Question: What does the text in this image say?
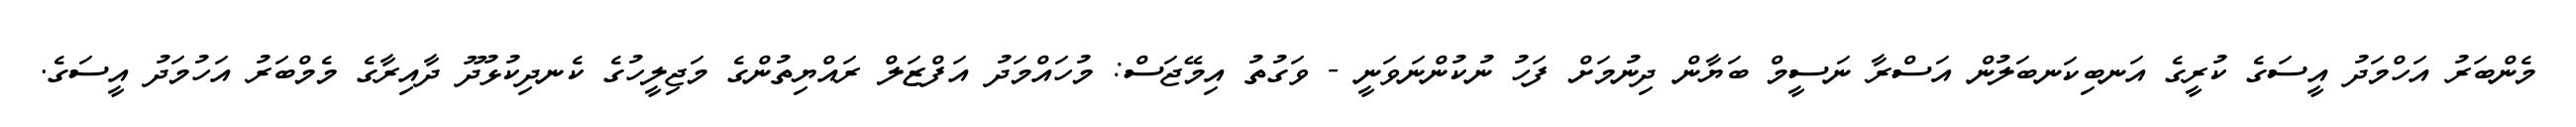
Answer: މެންބަރު އަހްމަދު އީސަގެ ކުރީގެ އަނބިކަނބަލުން އަސްރާ ނަސީމް ބަޔާން ދިނުމަށް ފަހު ނުކުންނަވަނީ - ވަގުތު އިމޭޖަސް: މުހައްމަދު އަފްޒަލް ރައްޔިތުންގެ މަޖިލީހުގެ ކެނދިކުޅުދޫ ދާއިރާގެ މެމްބަރު އަހުމަދު އީސަގެ.